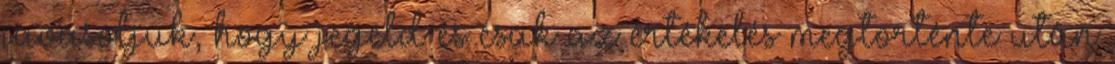
javasoljuk, hogy jegeld és csak az értékelés megtörténte után